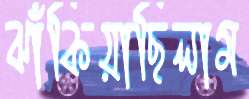
ঝাঁকিয়াছিলাম